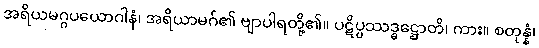
အရိယမဂ္ဂပယောဂါနံ၊ အရိယာမဂ်၏ ဗျာပါရတို့၏။ ပဋိပ္ပဿဒ္ဓဋ္ဌောတိ၊ ကား။ စတုန္နံ၊